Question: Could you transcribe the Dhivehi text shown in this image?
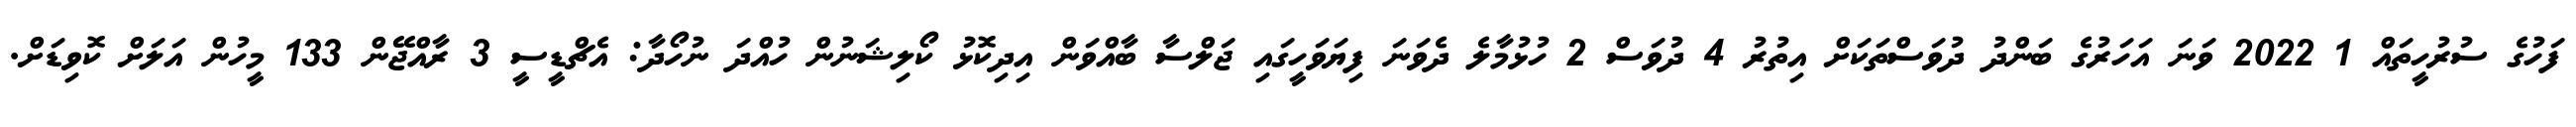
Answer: ފަހުގެ ސުރުހީތައް 1 2022 ވަނަ އަހަރުގެ ބަންދު ދުވަސްތަކަށް އިތުރު 4 ދުވަސް 2 ހުޅުމާލެ ދެވަނަ ފިޔަވަހީގައި ޖަލްސާ ބާއްވަން އިދިކޮޅު ކޯލިޝަނުން ހުއްދަ ނުހޯދާ: އެޗްޑީސީ 3 ރާއްޖޭން 133 މީހުން އަލަށް ކޮވިޑަށް.